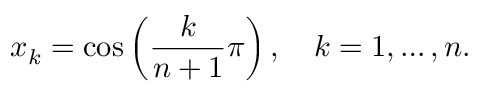
x _ { k } = \cos \left( { \frac { k } { n + 1 } } \pi \right) , \quad k = 1 , \ldots , n .